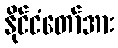
နိုင်ငံတော်အား